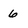
Character: 6